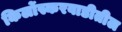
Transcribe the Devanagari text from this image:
किर्लोस्करवाडीतील